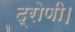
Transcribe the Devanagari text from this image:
द्रोणी।